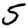
Digit: 5